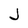
Character: J